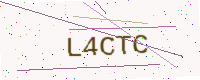
Text: L4CTC